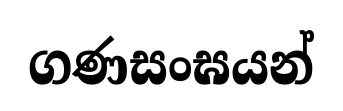
ගණසංඝයන්